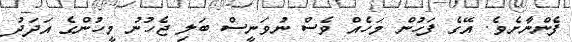
ފެންނާށެވެ. އޭގެ ފަހުން މަހެއް ވެސް ނުވަނީސް ބަލި ޖެހުނު މީހުންގެ އަދަދު